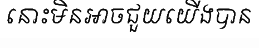
នោះមិនអាចជួយយើងបាន